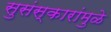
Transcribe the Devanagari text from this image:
सुसंस्कारांमुळे